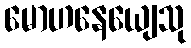
မောဟနေယျေသု